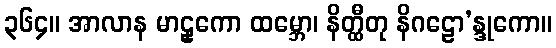
၃၆၄။ အာလာန မာဠှကော ထမ္ဘော၊ နိတ္ထီတု နိဂဠော’န္ဒုကော။